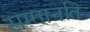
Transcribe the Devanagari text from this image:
सम्मानति